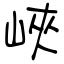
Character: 峽